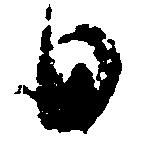
日